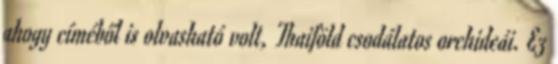
ahogy címéből is olvasható volt, Thaiföld csodálatos orchideái. Ez